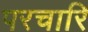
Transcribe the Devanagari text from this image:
परचारि